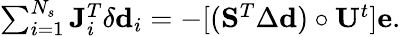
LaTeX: \begin{array}{r}{\sum_{i=1}^{N_{s}}\mathbf{J}_{i}^{T}\delta\mathbf{d}_{i}=-[(\mathbf{S}^{T}\Delta\mathbf{d})\circ\mathbf{U}^{t}]\mathbf{e}.}\end{array}